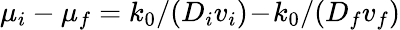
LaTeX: \mu_{i}-\mu_{f}=k_{0}/(D_{i}v_{i})\! -\! k_{0}/(D_{f}v_{f})